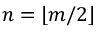
n = \lfloor m / 2 \rfloor